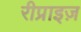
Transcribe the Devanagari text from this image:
रीप्राइज़